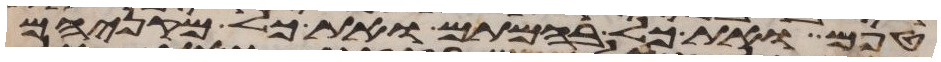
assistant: טפם ואת כל בהמתם ואת כל מקניהם